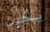
يكون